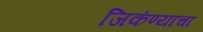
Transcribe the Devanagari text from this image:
जिकंण्याचा